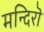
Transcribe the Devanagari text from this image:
मन्दिरॊ